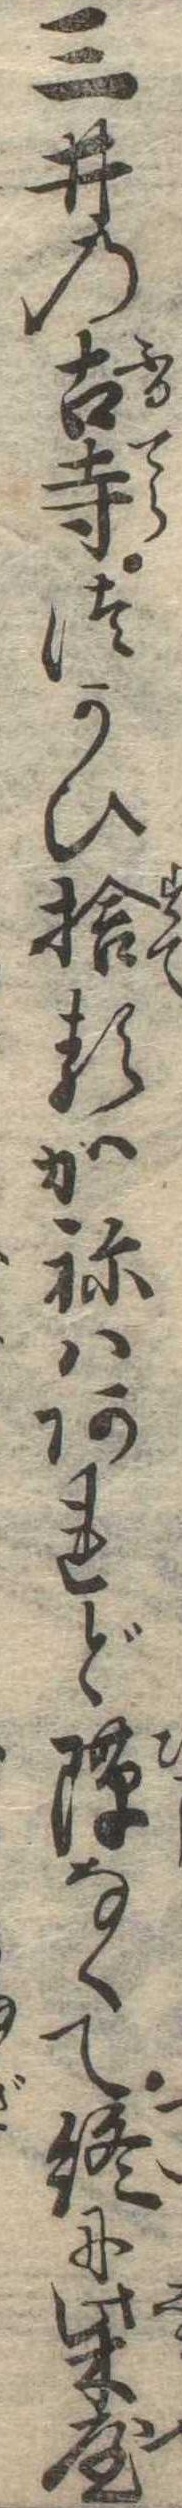
三井の古寺つかひ捨るかねはあれど隙なくて終に柴屋